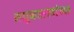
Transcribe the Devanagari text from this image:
मधुकररावांच्या